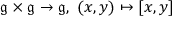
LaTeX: { \mathfrak { g } } \times { \mathfrak { g } } \rightarrow { \mathfrak { g } } , \ ( x , y ) \mapsto [ x , y ]